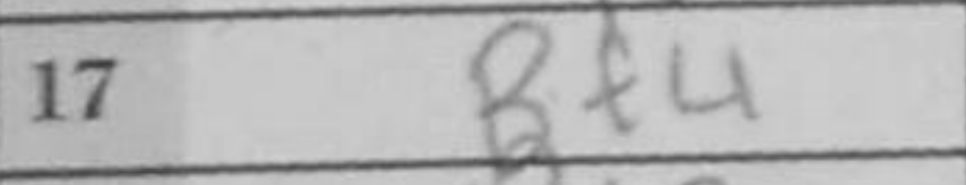
Transcription: Bf4